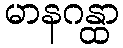
မာနဂန္ထာ